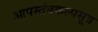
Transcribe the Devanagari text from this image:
आपस्तंबकल्पसूत्र